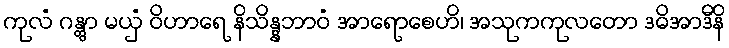
ကုလံ ဂန္တွာ မယှံ ဝိဟာရေ နိသိန္နဘာဝံ အာရောစေဟိ၊ အသုကကုလတော ဒဓိအာဒီနိ